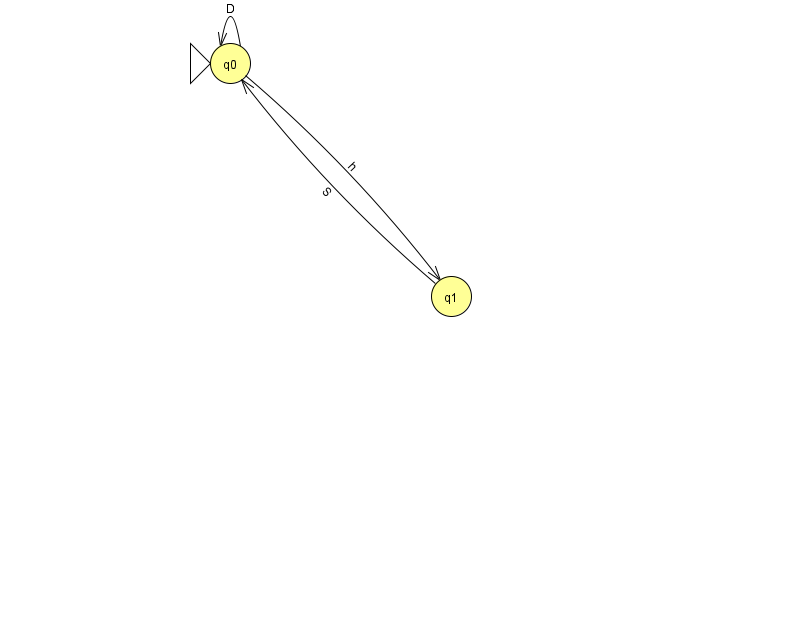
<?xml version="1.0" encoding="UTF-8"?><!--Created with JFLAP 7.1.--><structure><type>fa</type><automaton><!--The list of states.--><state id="0" name="q0"><x>230.0</x><y>50.0</y><initial/></state><state id="1" name="q1"><x>451.0</x><y>283.0</y></state><!--The list of transitions.--><transition><from>0</from><to>0</to><read>D</read></transition><transition><from>0</from><to>1</to><read>h</read></transition><transition><from>1</from><to>0</to><read>S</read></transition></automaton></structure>